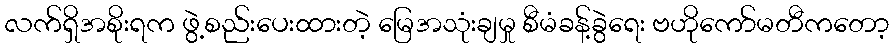
လက်ရှိအစိုးရက ဖွဲ့စည်းပေးထားတဲ့ မြေအသုံးချမှု စီမံခန့်ခွဲရေး ဗဟိုကော်မတီကတော့